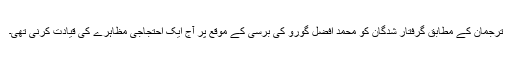
ترجمان کے مطابق گرفتار شدگان کو محمد افضل گورو کی برسی کے موقع پر آج ایک احتجاجی مظاہرے کی قیادت کرنی تھی۔